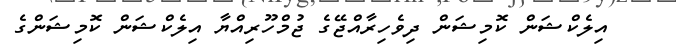
އިލެކްޝަން ކޮމިޝަން ދިވެހިރާއްޖޭގެ ޖުމްހޫރިއްޔާ އިލެކްޝަން ކޮމިޝަންގެ